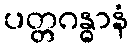
ပတ္တဂန္ဓာနံ